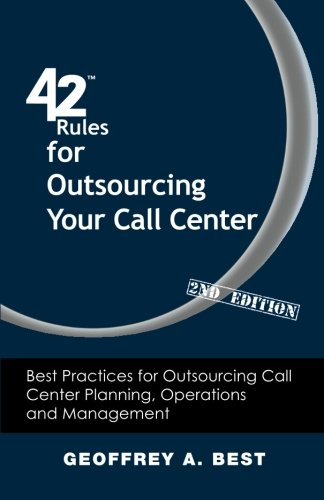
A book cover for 42 Rules for Outsourcing Your Call Center (2nd Edition): Best Practices for Outsourcing Call Center Planning, Operations and Management; Geoffrey A. Best; Business & Money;